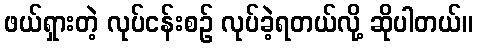
ဖယ်ရှားတဲ့ လုပ်ငန်းစဉ် လုပ်ခဲ့ရတယ်လို့ ဆိုပါတယ်။